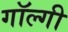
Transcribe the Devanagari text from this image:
गॉल्गी